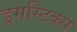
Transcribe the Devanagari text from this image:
ड्रमस्टिक्स